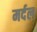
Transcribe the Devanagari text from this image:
मर्दल